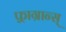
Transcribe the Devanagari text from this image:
फ़्राग्रान्स्